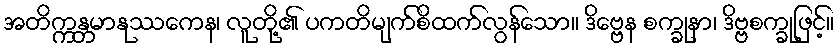
အတိက္ကန္တမာနုဿကေန၊ လူတို့၏ ပကတိမျက်စိထက်လွန်သော။ ဒိဗ္ဗေန စက္ခုနာ၊ ဒိဗ္ဗစက္ခုဖြင့်။